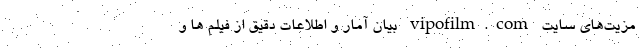
مزیت‌های سایت vipofilm.com بیان آمار و اطلاعات دقیق از فیلم ها و